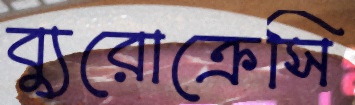
ব্যুরোক্রেসি